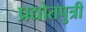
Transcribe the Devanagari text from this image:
प्रद्योतपुत्री